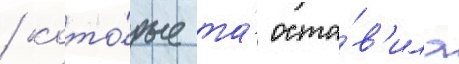
/ кото́рые та́ оста́в'ила